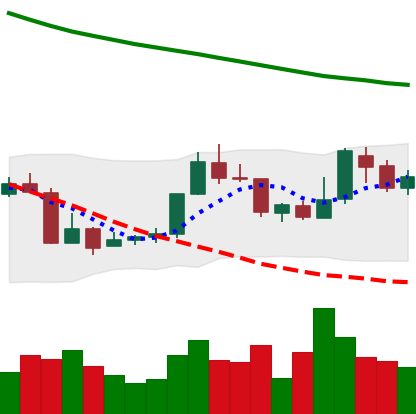
Ticker: XMR-USD
Chart end date: 2018-07-27
Forward return: -8.503%
Label: down_7plus